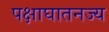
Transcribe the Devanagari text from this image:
पक्षाघातनज्य